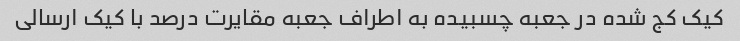
کیک کج شده در جعبه چسبیده به اطراف جعبه مقایرت درصد با کیک ارسالی